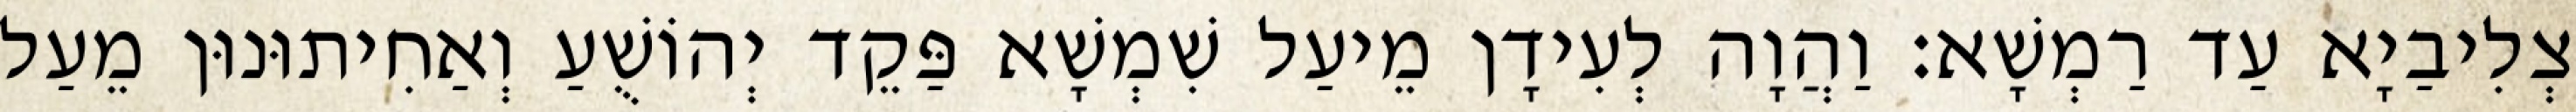
צְלִיבַיָא עַד רַמְשָׁא׃ וַהֲוָה לְעִידָן מֵיעַל שִׁמְשָׁא פַּקֵד יְהוֹשֻׁעַ וְאַחִיתוּנוּן מֵעַל